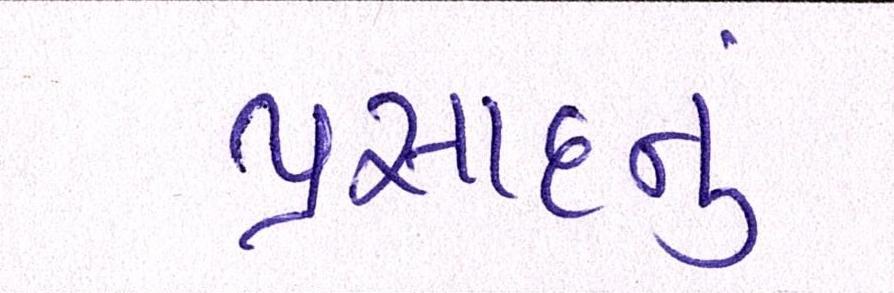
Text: પ્રસાદનું